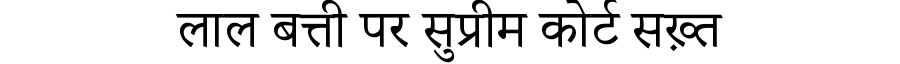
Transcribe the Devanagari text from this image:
लाल बत्ती पर सुप्रीम कोर्ट सख़्त